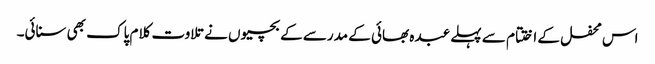
اس محفل کے اختتام سے پہلے عبدہ بھائی کے مدرسے کے بچیوں نے تلاوت کلام پاک بھی سنائی۔